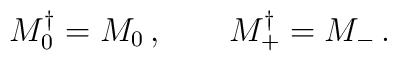
M_0^\dagger = M_0\,, \qquad  M_+^\dagger = M_-\,.